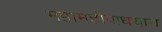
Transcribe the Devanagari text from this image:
महामहोपाधयाय